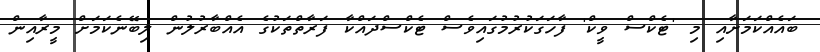
ބައެއްކަމަށާއި މި 'ޓެކްސް ވީކް' ފާހަގަކުރުމުގައިވެސް ޓެކްސްދައްކާ ފަރާތްތަކުގެ އެއްބާރުލުން ލިބޭނެކަމަށް މީރާއިން